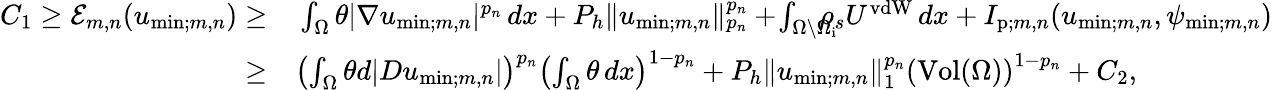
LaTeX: \begin{array}{rl}{C_{1}\geq\mathcal{E}_{m,n}(u_{\mathrm{min};m,n})\geq}&{{}\int_{\Omega}\theta|\nabla u_{\mathrm{min};m,n}|^{p_{n}}\, dx+P_{h}\| u_{\mathrm{min};m,n}\| _{p_{n}}^{p_{n}}+\! \int_{\Omega\setminus\Omega_{\mathrm{i}}}\! \! \! \! \! \rho_{s}U^{\mathrm{vdW}}\, dx+I_{\mathrm{p};m,n}(u_{\mathrm{min};m,n},\psi_{\mathrm{min};m,n})}\\ {\geq}&{{}\left(\int_{\Omega}\theta d|Du_{\mathrm{min};m,n}|\right)^{p_{n}}\left(\int_{\Omega}\theta\, dx\right)^{1-{p_{n}}}+P_{h}\| u_{\mathrm{min};m,n}\| _{1}^{p_{n}}\left(\mathrm{Vol}(\Omega)\right)^{1-{p_{n}}}+C_{2},}\end{array}